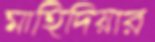
মাহিদিয়ার